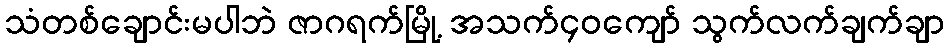
သံတစ်ချောင်းမပါဘဲ ဇာဂရက်မြို့ အသက်၄၀ကျော် သွက်လက်ချက်ချာ